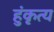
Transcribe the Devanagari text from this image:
हुंकृत्य